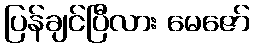
ပြန်ချင်ပြီလား မေဇော်